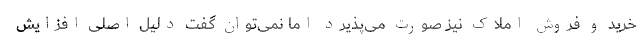
خرید و فروش املاک نیز صورت می‌پذیرد اما نمی‌توان گفت دلیل اصلی افزایش